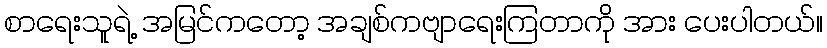
စာရေးသူရဲ့ အမြင်ကတော့ အချစ်ကဗျာရေးကြတာကို အား ပေးပါတယ်။